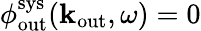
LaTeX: \phi_{\mathrm{out}}^{\mathrm{sys}}({\mathbf k}_{\mathrm{out}},\omega)=0